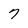
Character: 7